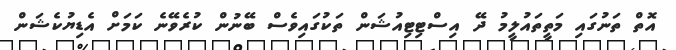
އޮތް ތަނުގައި މަތީތައުލީމު ދޭ އިސްޓިޓިއުޝަން ތަކުގައިވެސް ބޭނުން ކުރެވޭނެ ކަމަށް އެޑިޔުކެޝަން